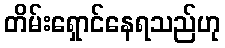
တိမ်းရှောင်နေရသည်ဟု